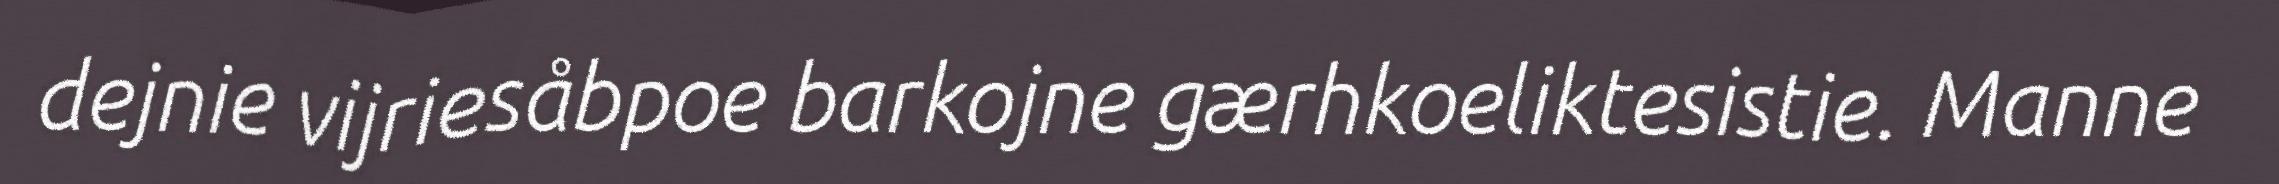
dejnie vijriesåbpoe barkojne gærhkoeliktesistie. Manne